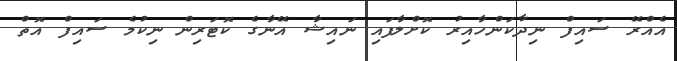
އެއްރޭ ސައިފް ނިދާކަންހާއިރު ކޮށްލާފައި ނައިޝާ އޭނާގެ ކޮޓަރިން ނިކުމެ ސައިފް އޮތް